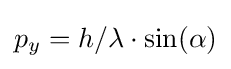
p_{y}=h/\lambda \cdot \sin(\alpha )